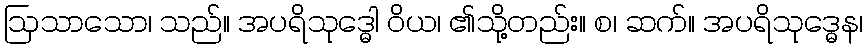
ဩသာသော၊ သည်။ အပရိသုဒ္ဓေါ ဝိယ၊ ၏သို့တည်း။ စ၊ ဆက်။ အပရိသုဒ္ဓေန၊